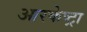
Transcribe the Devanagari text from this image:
आरकेष्ट्रा